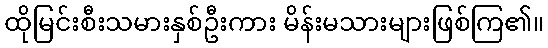
ထိုမြင်းစီးသမားနှစ်ဦးကား မိန်းမသားများဖြစ်ကြ၏။